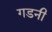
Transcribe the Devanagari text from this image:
गडनी